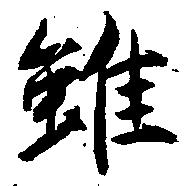
雖